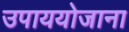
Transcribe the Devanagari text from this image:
उपाययोजाना